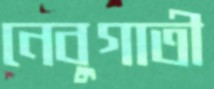
নেবুগাতী